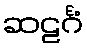
ဆဠင်္ဂံ